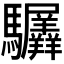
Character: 𬳲